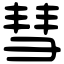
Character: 彗